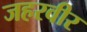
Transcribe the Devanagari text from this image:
जहरवीर